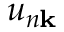
u _ { n \mathbf { k } }